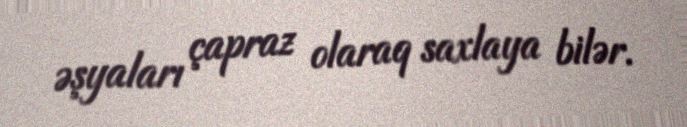
əşyaları çapraz olaraq saxlaya bilər.